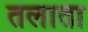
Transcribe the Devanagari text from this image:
तलाता